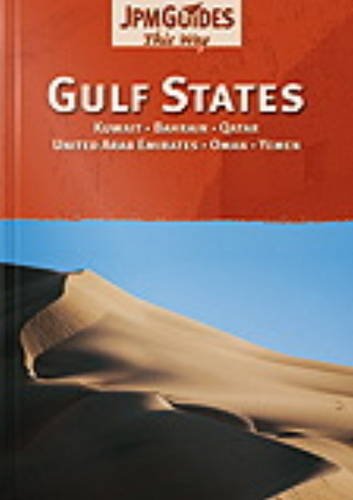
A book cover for Gulf States: Kuwait, Bahrain, Qatar, United Arab Emirates, Oman, Saudi Arabia, Yemen; JPM Guides; Travel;